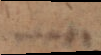
n